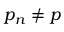
{ p } _ { n } \neq p